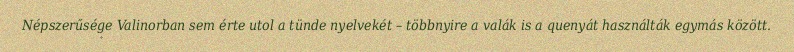
Népszerűsége Valinorban sem érte utol a tünde nyelvekét – többnyire a valák is a quenyát használták egymás között.